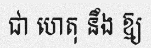
ជា ហេតុ នឹង ឱ្យ